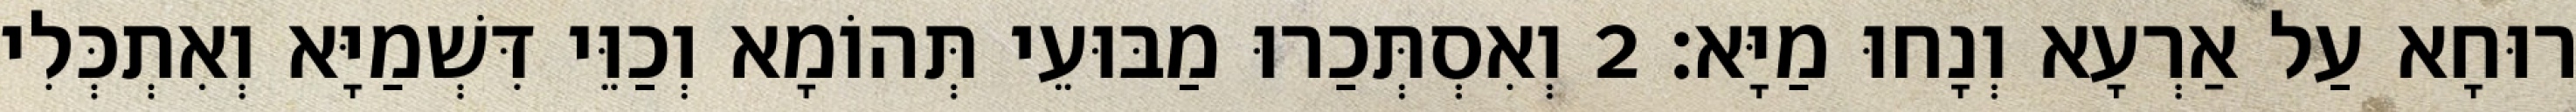
רוּחָא עַל אַרְעָא וְנָחוּ מַיָּא׃ 2 וְאִסְתְּכַרוּ מַבּוּעֵי תְּהוֹמָא וְכַוֵּי דִּשְׁמַיָּא וְאִתְכְּלִי